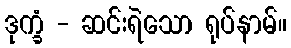
ဒုက္ခံ - ဆင်းရဲသော ရုပ်နာမ်။